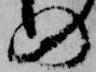
の